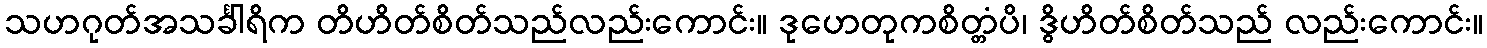
သဟဂုတ်အသင်္ခါရိက တိဟိတ်စိတ်သည်လည်းကောင်း။ ဒုဟေတုကစိတ္တံပိ၊ ဒွိဟိတ်စိတ်သည် လည်းကောင်း။